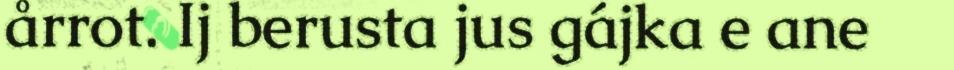
årrot. Ij berusta jus gájka e ane